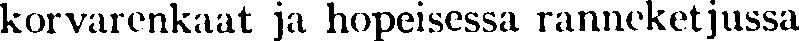
korvarenkaat ja hopeisessa ranneketjussa